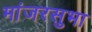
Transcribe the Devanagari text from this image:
मांजरसुभा